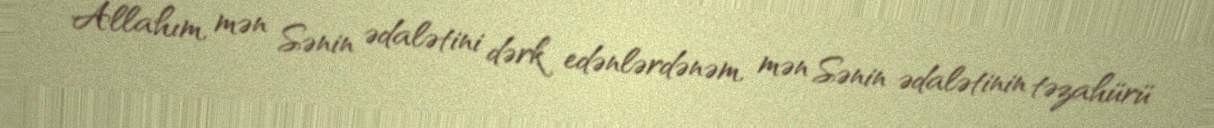
Allahım, mən Sənin ədalətini dərk edənlərdənəm, mən Sənin ədalətinin təzahürü